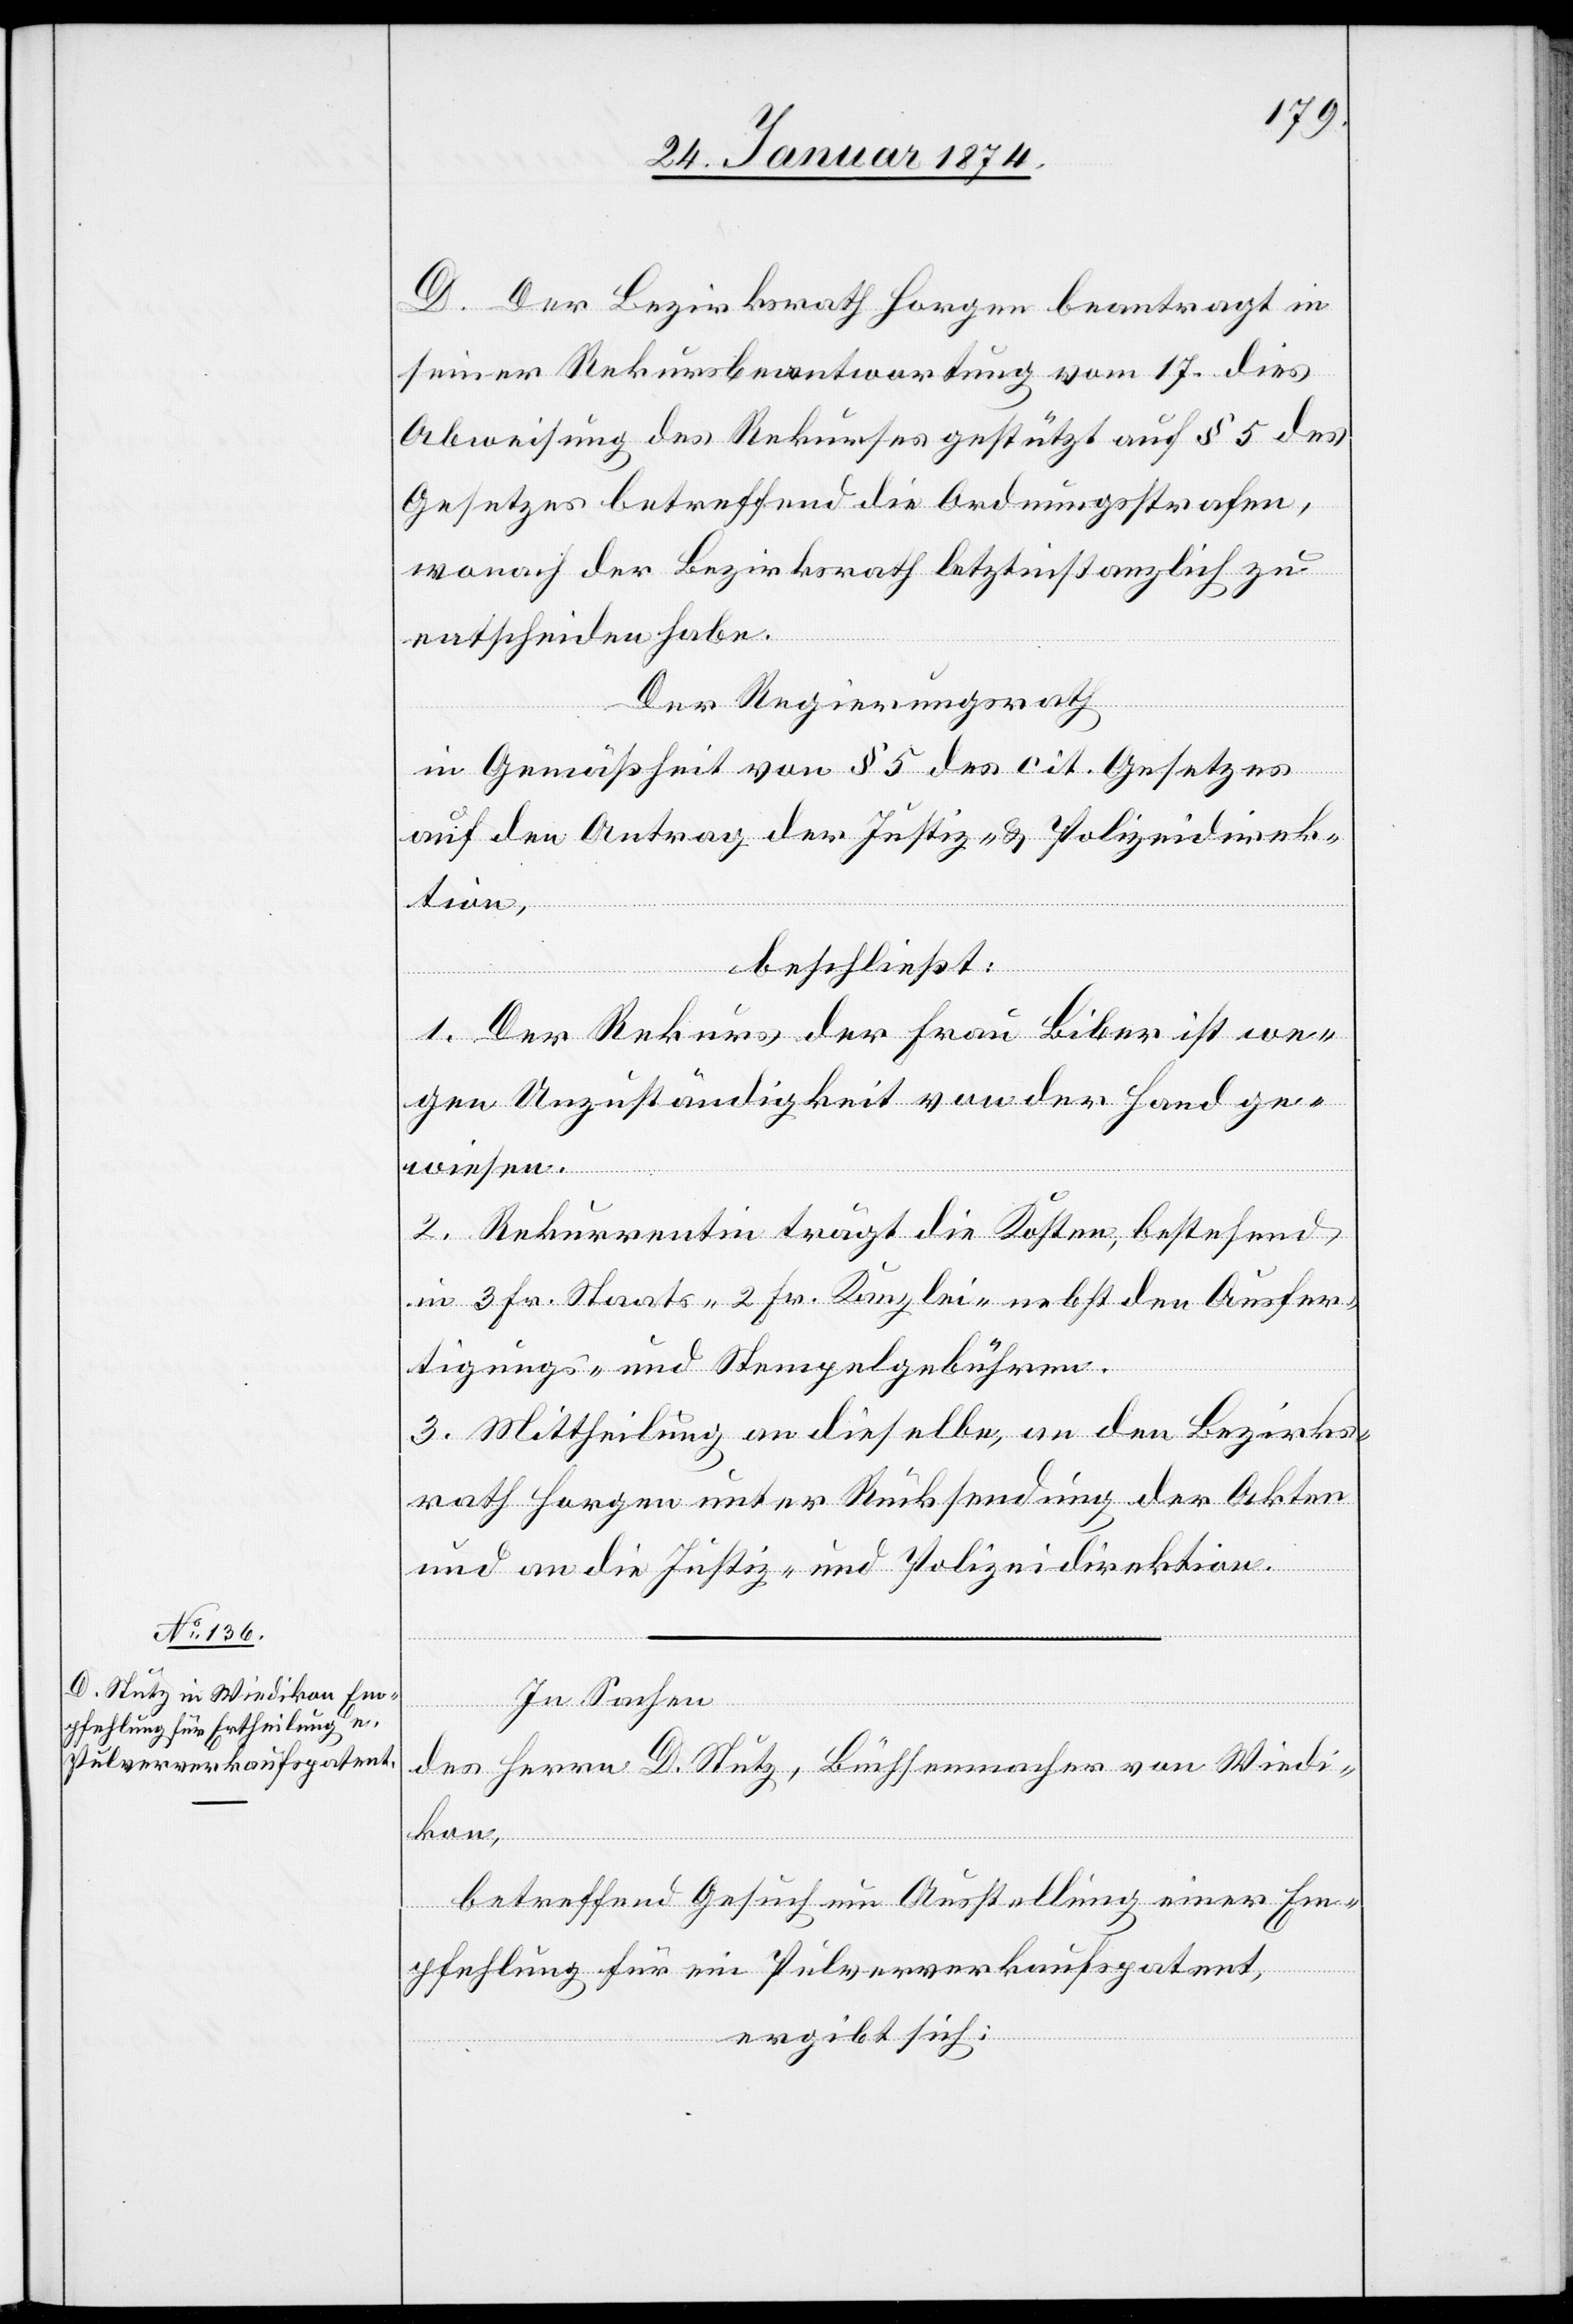
D. Der Bezirksrath Horgen beantragt in
seiner Rekursbeantwortung vom 17. dies
Abweisung des Rekurses gestützt auf § 5 des
Gesetzes betreffend die Ordnungsstrafen,
wonach der Bezirksrath letztinstanzlich zu
entscheiden habe.
Der Regierungsrath
in Gemäßheit von § 5 des cit. Gesetzes
auf den Antrag der Justiz- & Polizeidirek¬
tion,
beschließt:
1. Der Rekurs der Frau Biber ist we¬
gen Unzuständigkeit von der Hand ge¬
wiesen.
2. Rekurrentin trägt die Kosten, bestehend
in 3 Fr. Staats- [,] 2 Fr. Kanzlei- nebst den Ausfer¬
tigungs- und Stempelgebühren.
3. Mittheilung an dieselbe, an den Bezirks¬
rath Horgen unter Rücksendung der Akten
und an die Justiz- und Polizeidirektion.
In Sachen
des Herrn D. Stutz, Büchsenmacher von Wiedi¬
kon,
betreffend Gesuch um Ausstellung einer Em¬
pfehlung für ein Pulververkaufspatent,
ergibt sich: